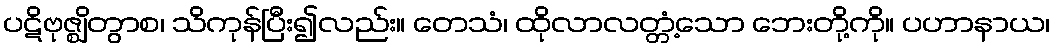
ပဋိဗုဇ္ဈိတွာစ၊ သိကုန်ပြီး၍လည်း။ တေသံ၊ ထိုလာလတ္တံ့သော ဘေးတို့ကို။ ပဟာနာယ၊